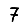
Digit: 7